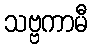
သဗ္ဗကာမီ